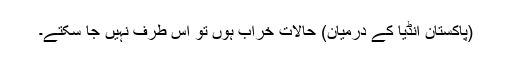
(پاکستان انڈیا کے درمیان) حالات خراب ہوں تو اس طرف نہیں جا سکتے۔